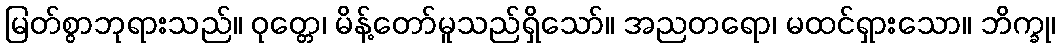
မြတ်စွာဘုရားသည်။ ဝုတ္တေ၊ မိန့်တော်မူသည်ရှိသော်။ အညတရော၊ မထင်ရှားသော။ ဘိက္ခု၊